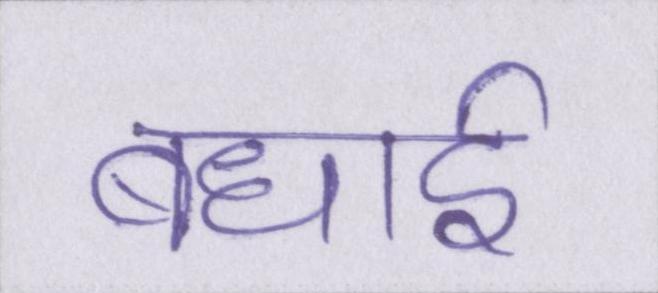
बधाई